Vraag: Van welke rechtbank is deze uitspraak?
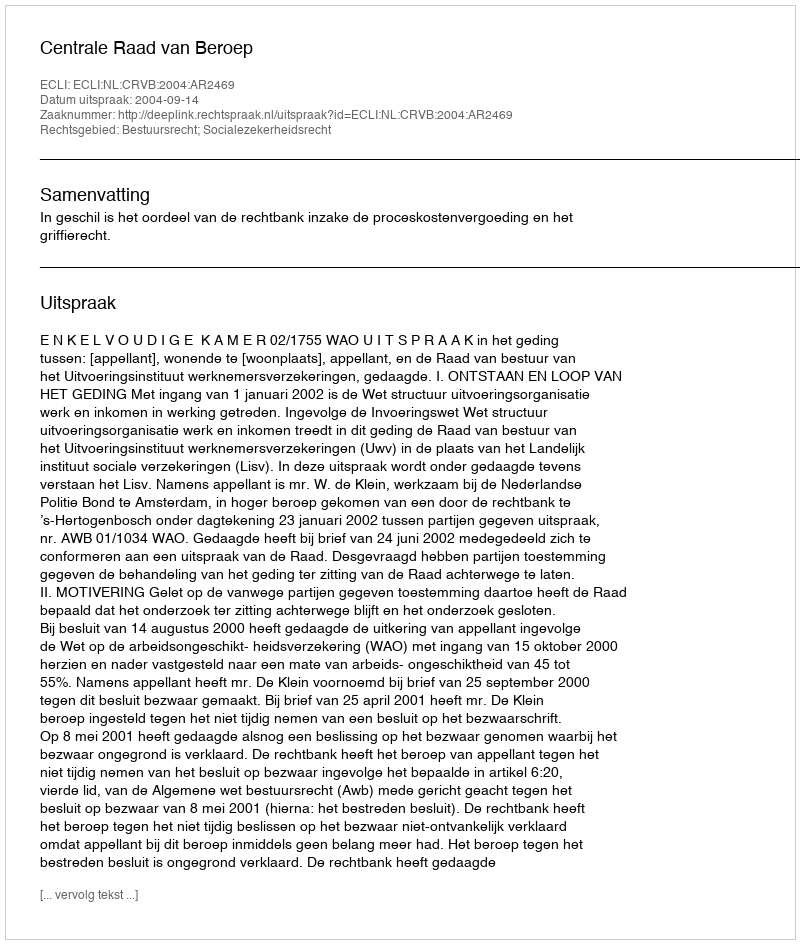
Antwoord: Centrale Raad van Beroep